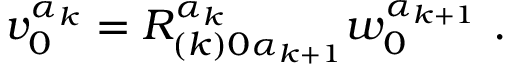
v _ { 0 } ^ { \alpha _ { k } } = R _ { ( k ) 0 \alpha _ { k + 1 } } ^ { \alpha _ { k } } w _ { 0 } ^ { \alpha _ { k + 1 } } \ .